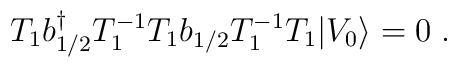
T_1 b{^\dagger _ {1/2}} T^{-1}_1 T_1 b_{1/2} T^{-1}_1 T_1 \vert V_0\rangle = 0\; .